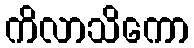
ကိလာသိကော